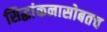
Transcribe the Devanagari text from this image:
सिद्धांकनासोबतच